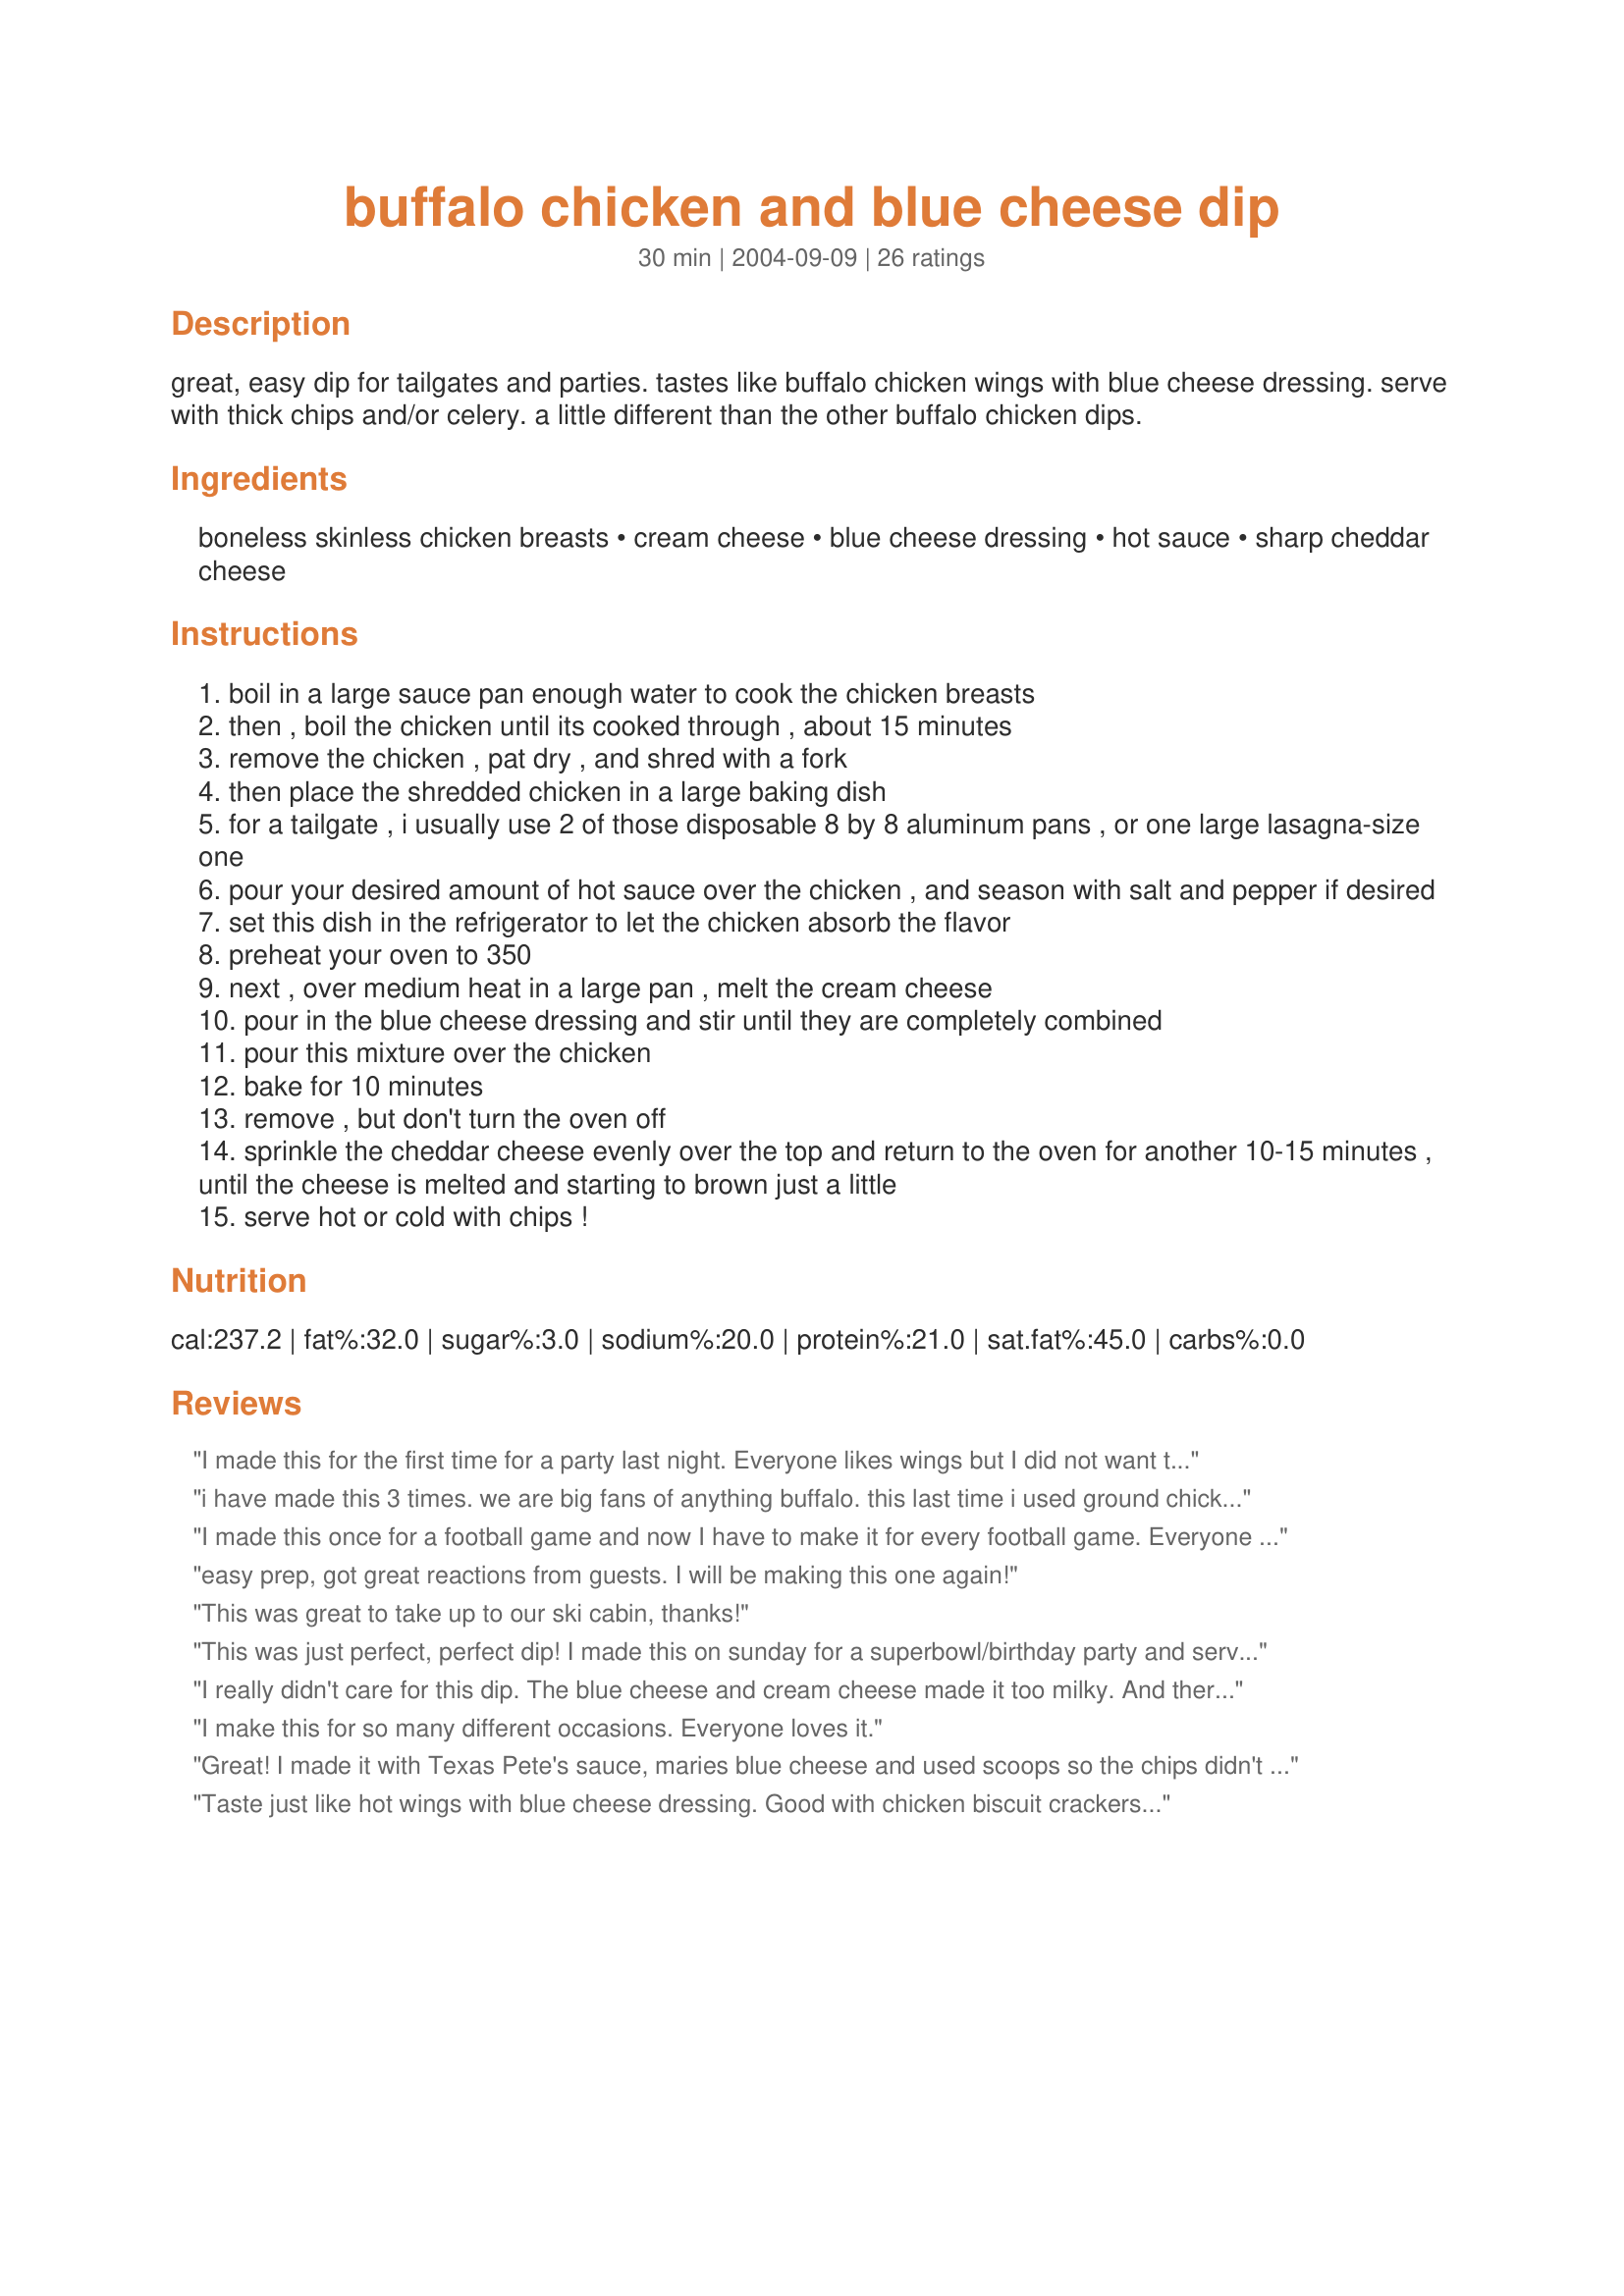
buffalo chicken and blue cheese dip
Preparation time: 30 minutes

great, easy dip for tailgates and parties. tastes like buffalo chicken wings with blue cheese dressing. serve with thick chips and/or celery. a little different than the other buffalo chicken dips.

Ingredients:
boneless skinless chicken breasts, cream cheese, blue cheese dressing, hot sauce, sharp cheddar cheese

Steps:
boil in a large sauce pan enough water to cook the chicken breasts
then , boil the chicken until its cooked through , about 15 minutes
remove the chicken , pat dry , and shred with a fork
then place the shredded chicken in a large baking dish
for a tailgate , i usually use 2 of those disposable 8 by 8 aluminum pans , or one large lasagna-size one
pour your desired amount of hot sauce over the chicken , and season with salt and pepper if desired
set this dish in the refrigerator to let the chicken absorb the flavor
preheat your oven to 350
next , over medium heat in a large pan , melt the cream cheese
pour in the blue cheese dressing and stir until they are completely combined
pour this mixture over the chicken
bake for 10 minutes
remove , but don't turn the oven off
sprinkle the cheddar cheese evenly over the top and return to the oven for another 10-15 minutes , until the cheese is melted and starting to brown just a little
serve hot or cold with chips !

Reviews:
I made this for the first time for a party last night. Everyone likes wings but I did not want to go through all that trouble. This was so easy to make. I did not change a thing. I only wish I had doubled the recipe was it was the first dish empty! I will make this again for sure!
i have made this 3 times. we are big fans of anything buffalo. this last time i used ground chicken ( 2 lbs) and i loved the texture of the dip.
I made this once for a football game and now I have to make it for every football game. Everyone goes crazy over this dip. I usually come prepared with several copies of the recipe.
easy prep, got great reactions from guests. I will be making this one again!
This was great to take up to our ski cabin, thanks!
This was just perfect, perfect dip! I made this on sunday for a superbowl/birthday party and served them on little sliced french bread slices that I toasted in the oven for 5 minutes. The dip was cheesy, thick but had a great bite to it. Thank you soooo much for a new favorite!
I really didn't care for this dip. The blue cheese and cream cheese made it too milky. And there was a lot of grease. I was very disappointed. I won't be making this dip again.
I make this for so many different occasions. Everyone loves it.
Great! I made it with Texas Pete's sauce, maries blue cheese and used scoops so the chips didn't break. Everyone raved!
Taste just like hot wings with blue cheese dressing. Good with chicken biscuit crackers...
Made this for an outdoor barbeque. Everyone asked for the recipe!
This dip is fantastic and decadent. My husband loved it! Can't wait to make it for a party!
WOW!!! This is wonderful! I used a full cup of Hot Sauce and may use more next time. I also didn't have cheddar cheese so used Pepper Jack. My guests loved it. Will make this again.
Excellent Dip! However I did use a LOT more hot sauce (1 bottle of Frank's hot sauce). I think without that extra kick, the cream cheese would have neutralized the spice. Definitely loved it with both celery and Frito's scoops. The extras will be my dinner tonite! Thanks for the great recipe.
I made this last night for a party. While the guests thought the concept was good, they really did not like the dip. 
Now, that doesn't mean it's not a great dip, as it has received seven 5 star ratings.
This was so wonderful. I made it last night for our super bowl party, everyone loved it. I would much rather have this with corn chips than actual buffalo wings anytime and it's a lot less trouble. Thanks, this one is a definate keeper!
We have tried several buffalo chicken dip recipes, but Hubby thought that this is one of the best. I roasted/poached my chicken breasts in the oven with some chicken broth and Montreal Seasoning, instead of boiling in water. We used Jim Beam Wing Sauce and T. Marzetti's Chunky Bleu Cheese Dressing. I didn't pour all of the dressing mixture over the chicken, as it seemed to be too much, and I didn't want to drown the spice with the bleu cheese. (I probably reserved about 1 to 1.5 cups of the dressing and will use it on grilled steaks or stirred into pasta.) I tossed my corn chips onto a baking stone and heated in the oven during the last few minutes while the cheese on the dip melted. Mmmmm. This really is a nice (and easy) version of a buffalo dip. Will be great for parties.
so good! i recommend frank's buffalo sauce and for people like me, that don't like blu cheese, ranch is a good substitute. i used low fat dressing and cream cheese and you couldn't tell at all. it was devoured. thanks for posting!
Everyone at my get-together loved this. I followed the recipe exactly, except I cut it in half because it was the first time trying the recipe and I wasn't so sure it would be good. I made a mistake. This disappeared in 15 minutes. I served this with celery sticks, crackers, and tortilla chips. The celery sticks were the favorite. Thanks for the recipe. I'll definitely be making this again.
Excellent!
I've made this two years in a row now for a Christmas party and people go nuts over it. There's never a drop left and people always ask for the recipe. This dip tastes just like buffalo wings without the mess of eating chicken wings! (No grease under nails!) I use a whole bottle of Franks Original Buffalo Wing sauce and a 16 oz bottle of blue cheese dressing. This dip is hearty and goes a long way at a party. Delicious! I also Cook the whole thing in my crock pot for an easy one pot dish. Cook the chicken on high for 2 hours, drain the juice and shred the chicken. Add the wing sauce, then blue cheese dressing and stir well. Cube the cream cheese to assist in melting. Add cheddar cheese last. Heat on low until all ingredients melt (about 30 minutes. Stir occasionally until well blended. I serve from the crock pot with celery sticks and tortilla chips. Yum!
Yum! I used Frank's Buffalo Sauce (as someone recommend) and fell in love with the sauce (it's really good on eggs). I have made this 3 or 4 times now. I have used both blu cheese dressing and ranch dressing and I am much fonder of the blu cheese. I have also used chicken breasts that I have baked (seasoned with salt and pepper), cooled and shredded and in a pinch I used canned chicken. I prefer the baked chicken breast, but the canned tasted good- the consistency was better with the baked chicken. I don't see why you couldn't also use a grocery store roast chicken too. This has been a hit every time I serve it! Thanks for the recipe.
Excellent warm or cold. Omitted the celery also. Used blu cheese and whole bottle franks hot sauce and only 2 cups cheese(watching my pennies). I think I could eat the whole pan myself and will be going to my next potluck. Used celery sticks,carrot sticks and frito scoops for dipping. Yum,thanks for the great recipe.
Everyone loved this and it's very easy. I kind of combined a bunch of different recipes, but this was the closest. I used a large can of chicken just to make it easier. Then used 12 oz. cream cheese, half the bottle of dressing and about 1/2 cup of the hot sauce (Sweet Baby Ray's wing sauce). Mixed it all together with my Kitchenaid the day before and poured into a pie plate and refrigerated, then baked the night of the party for about 20 min. without cheese and 10 more min. with the cheese on top. Fritos scoops were the "dipper" of choice.
This is by FAR the most fantastic dip I have ever had the pleasure of making. The hardest/most time consuming part was shredding the chicken but other then that, it's very simple to make! The taste is just spicy enough. LOVE IT!
OMG! this was sooooo good! I had DD make a huge batch, since we were entertaining a lot this week. I bought rotisserie chickens at Costco and used those. We used just slightly over the minimal amount of hot sauce, because we didn't want it to be too hot for anyone. The bleu cheese flavor was so subtle.....it was just wonderful and a HUGE hit with everyone.
